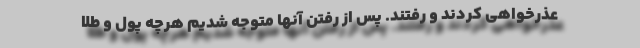
عذرخواهی کردند و رفتند. پس از رفتن آنها متوجه شدیم هرچه پول و طلا